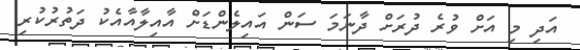
އަދި މި އަށް ވުރެ ދުރަށް ދާނަމަ ސަން އައިލެންޑަށް އާއިލާއާއެކު ދަތުރުކުރި